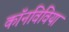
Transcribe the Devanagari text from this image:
कॉनविविया